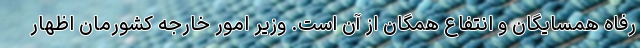
رفاه همسایگان و انتفاع همگان از آن است. وزیر امور خارجه کشورمان اظهار